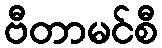
ဗီတာမင်စီ